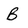
Character: B